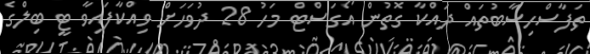
ތަފާސްހިސާބުތައް ދައްކާ ގޮތުން އޯގަސްޓް މަހު 28 ދުވަހަށް ވިއްކާފައިވާ ޓީ ބިލްގެ